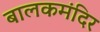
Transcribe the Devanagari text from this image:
बालकमंदिर